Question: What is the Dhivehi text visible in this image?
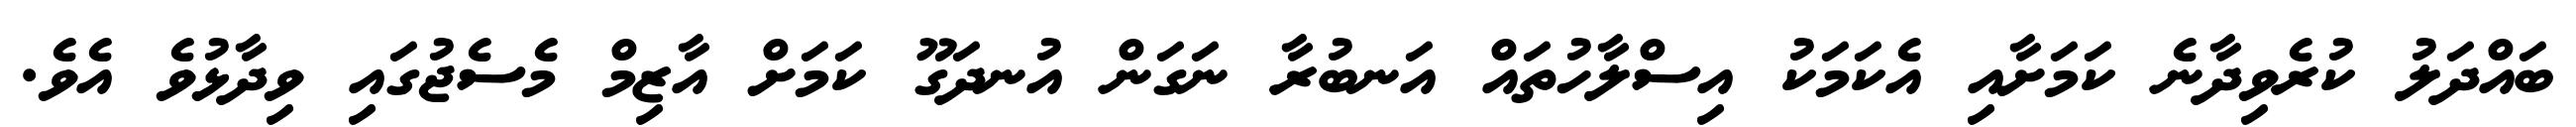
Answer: ބައްދަލު ކުރެވިދާނެ ކަމަށާއި އެކަމަކު އިސްލާހުތައް އަނބުރާ ނަގަން އުނދަގޫ ކަމަށް އާޒިމް މެސެޖުގައި ވިދާޅުވެ އެވެ.